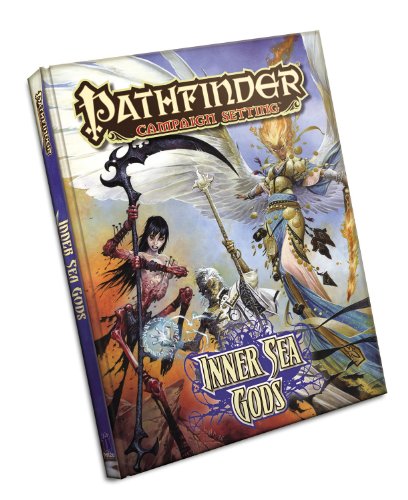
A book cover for Pathfinder Campaign Setting: Inner Sea Gods; Sean K. Reynolds; Science Fiction & Fantasy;